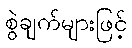
စွဲချက်များဖြင့်